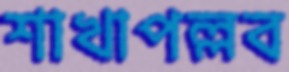
শাখাপল্লব